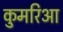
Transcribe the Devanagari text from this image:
कुमरिआ